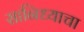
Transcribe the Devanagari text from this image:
सानिध्याचा